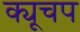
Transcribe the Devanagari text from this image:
क्यूचप